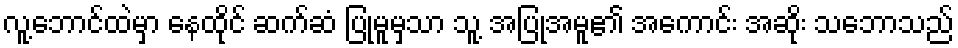
လူ့ဘောင်ထဲမှာ နေထိုင် ဆက်ဆံ ပြုမူမှသာ သူ့ အပြုအမူ၏ အကောင်း အဆိုး သဘောသည်